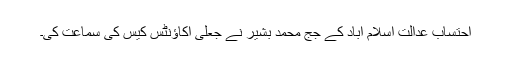
احتساب عدالت اسلام آباد کے جج محمد بشیر نے جعلی اکاؤنٹس کیس کی سماعت کی۔